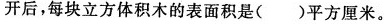
开后，每块立方体积木的表面积是（）平方厘米。